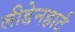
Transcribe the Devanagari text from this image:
लीडेनहार्ट